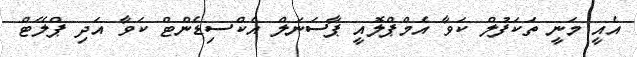
އެއީ މަނީ ތަކަފުލް ކަވާ އެމްޕްލޮއީ ޕާސަނަލް އެކްސިޑެންޓް ކަވާ އަދި ޕްލޭޓް